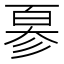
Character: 𢒣